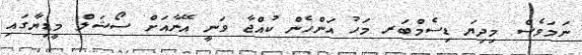
ނަމަވެސް މިދިޔަ ޑިސެމްބަރ މަހު އަންހެން ކުއްޖާ ވަނީ އޭނާއަށް ސޯޝަލް މީޑިޔާގައި